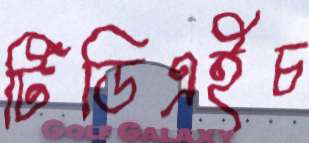
টিডিএইচ